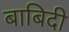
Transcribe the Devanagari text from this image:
बाबिदी